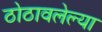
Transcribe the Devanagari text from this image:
ठोठावलेल्या